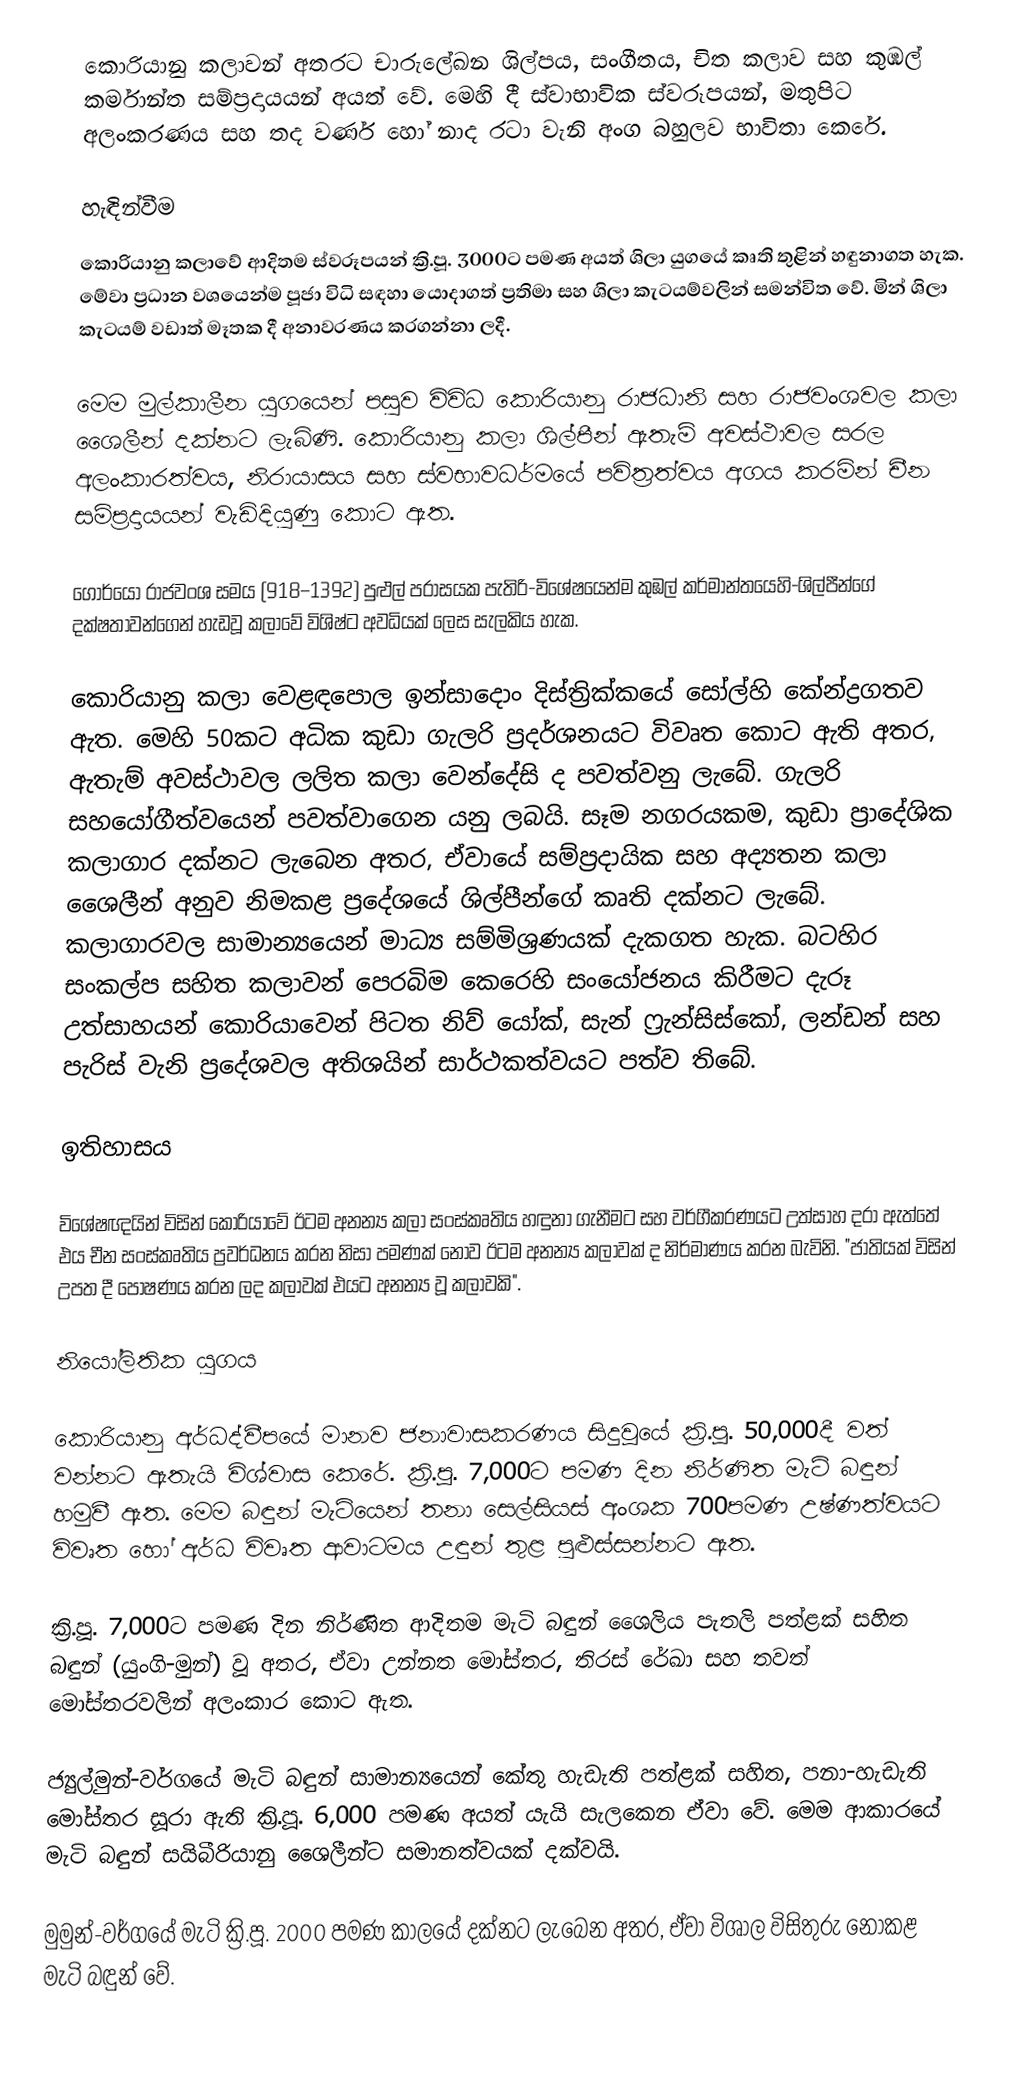
කොරියානු කලාවන් අතරට චාරුලේඛන ශිල්පය, සංගීතය, චිත කලාව සහ කුඹල් කර්මාන්ත සම්ප්‍රදායයන් අයත් වේ. මෙහි දී ස්වාභාවික ස්වරූපයන්, මතුපිට අලංකරණය සහ තද වර්ණ හෝ නාද රටා වැනි අංග බහුලව භාවිතා කෙරේ.

හැඳින්වීම
කොරියානු කලාවේ ආදිතම ස්වරූපයන් ක්‍රි.පූ. 3000ට පමණ අයත් ශිලා යුගයේ කෘති තුළින් හඳුනාගත හැක. මේවා ප්‍රධාන වශයෙන්ම පූජා විධි සඳහා යොදාගත් ප්‍රතිමා සහ ශිලා කැටයම්වලින් සමන්විත වේ. මින් ශිලා කැටයම් වඩාත් මෑතක දී අනාවරණය කරගන්නා ලදී.

මෙම මුල්කාලීන යුගයෙන් පසුව විවිධ කොරියානු රාජධානි සහ රාජවංශවල කලා ශෛලීන් දක්නට ලැබිණි. කොරියානු කලා ශිල්පීන් ඇතැම් අවස්ථාවල සරල අලංකාරත්වය, නිරායාසය සහ ස්වභාවධර්මයේ පවිත්‍රත්වය අගය කරමින් චීන සම්ප්‍රදායයන් වැඩිදියුණු කොට ඇත.

ගොර්යෝ රාජවංශ සමය (918–1392) පුළුල් පරාසයක පැතිරි-විශේෂයෙන්ම කුඹල් කර්මාන්තයෙහි-ශිල්පීන්ගේ දක්ෂතාවන්ගෙන් හැඩවූ කලාවේ විශිෂ්ට අවධියක් ලෙස සැලකිය හැක.

කොරියානු කලා වෙළඳපොල ඉන්සාදොං දිස්ත්‍රික්කයේ සෝල්හි කේන්ද්‍රගතව ඇත. මෙහි 50කට අධික කුඩා ගැලරි ප්‍රදර්ශනයට විවෘත කොට ඇති අතර, ඇතැම් අවස්ථාවල ලලිත කලා වෙන්දේසි ද පවත්වනු ලැබේ. ගැලරි සහයෝගීත්වයෙන් පවත්වාගෙන යනු ලබයි. සෑම නගරයකම, කුඩා ප්‍රාදේශික කලාගාර දක්නට ලැබෙන අතර, ඒවායේ සම්ප්‍රදායික සහ අද්‍යතන කලා ශෛලීන් අනුව නිමකළ ප්‍රදේශයේ ශිල්පීන්ගේ කෘති දක්නට ලැබේ. කලාගාරවල සාමාන්‍යයෙන් මාධ්‍ය සම්මිශ්‍රණයක් දැකගත හැක. බටහිර සංකල්ප සහිත කලාවන් පෙරබිම කෙරෙහි සංයෝජනය කිරීමට දැරූ උත්සාහයන් කොරියාවෙන් පිටත නිව් යෝක්, සැන් ෆ්‍රැන්සිස්කෝ, ලන්ඩන් සහ පැරිස් වැනි ප්‍රදේශවල අතිශයින් සාර්ථකත්වයට පත්ව තිබේ.

ඉතිහාසය

විශේෂඥයින් විසින් කොරියාවේ ඊ‍ටම අනන්‍ය කලා සංස්කෘතිය හඳුනා ගැනීමට සහ වර්ගීකරණයට උත්සාහ දරා ඇත්තේ එය චීන සංස්කෘතිය ප්‍රවර්ධනය කරන නිසා පමණක් නොව ඊටම අනන්‍ය කලාවක් ද නිර්මාණය කරන බැවිනි. "ජාතියක් විසින් උපත දී පෝෂණය කරන ලද කලාවක් එයට අනන්‍ය වූ කලාවකි".

නියෝලිතික යුගය

කොරියානු අර්ධද්වීපයේ මානව ජනාවාසකරණය සිදුවූයේ ක්‍රි.පූ. 50,000දී වත් වන්නට ඇතැයි විශ්වාස කෙරේ. ක්‍රි.පූ. 7,000ට පමණ දින නිර්ණිත මැටි බඳුන් හමුවී ඇත. මෙම බඳුන් මැටියෙන් තනා සෙල්සියස් අංශක 700පමණ උෂ්ණත්වයට විවෘත හෝ අර්ධ විවෘත ආවාටමය උඳුන් තුළ පුළුස්සන්නට ඇත.

ක්‍රි.පූ. 7,000ට පමණ දින නිර්ණිත ආදිතම මැටි බඳුන් ශෛලිය පැතලි පත්ළක් සහිත බඳුන් (යුංගි-මුන්) වූ අතර, ඒවා උන්නත මෝස්තර, තිරස් රේඛා සහ තවත් මෝස්තරවලින් අලංකාර කොට ඇත.

ජ්‍යුල්මුන්-වර්ගයේ මැටි බඳුන් සාමාන්‍යයෙන් කේතු හැඩැති පත්ළක් සහිත, පනා-හැඩැති මෝස්තර සූරා ඇති ක්‍රි.පූ. 6,000 පමණ අයත් යැයි සැලකෙන ඒවා වේ. මෙම ආකාරයේ මැටි බඳුන් සයිබීරියානු ශෛලීන්ට සමානත්වයක් දක්වයි.

මුමුන්-වර්ගයේ මැටි ක්‍රි.පූ. 2000 පමණ කාලයේ දක්නට ලැබෙන අතර, ඒවා විශාල විසිතුරු නොකළ මැටි බඳුන් වේ.